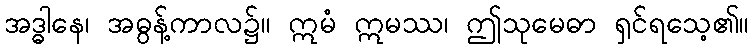
အဒ္ဓါနေ၊ အဓွန့်ကာလ၌။ ဣမံ ဣမဿ၊ ဤသုမေဓာ ရှင်ရသေ့၏။